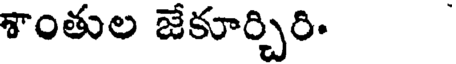
శాంతుల జేకూర్చిరి.